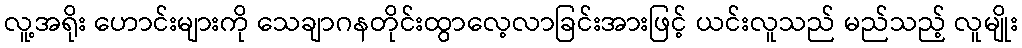
လူ့အရိုး ဟောင်းများကို သေချာဂနတိုင်းထွာလေ့လာခြင်းအားဖြင့် ယင်းလူသည် မည်သည့် လူမျိုး